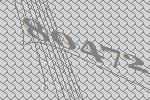
80472